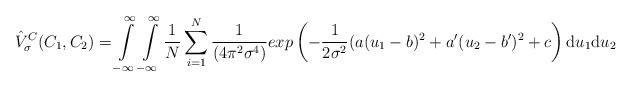
LaTeX: \begin{align*}\hat{V}^{C}_{\sigma}(C_{1},C_{2}) = \int\limits_{-\infty}^{\infty}\int\limits_{-\infty}^{\infty} \frac{1}{N} \sum\limits_{i=1}^N \frac{1}{(4\pi^{2}\sigma^{4})} exp \left ( - \frac{1}{2\sigma^{2}} ( a(u_1-b)^{2}+ a'(u_2-b')^{2} + c \right ) \mathrm{d}u_1\mathrm{d}u_2\end{align*}